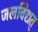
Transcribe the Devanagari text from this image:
जलविद्यत्